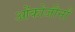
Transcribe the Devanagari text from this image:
ओंकोजीनों